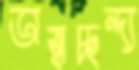
অস্বাচ্ছন্দ্য